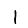
Digit: 1